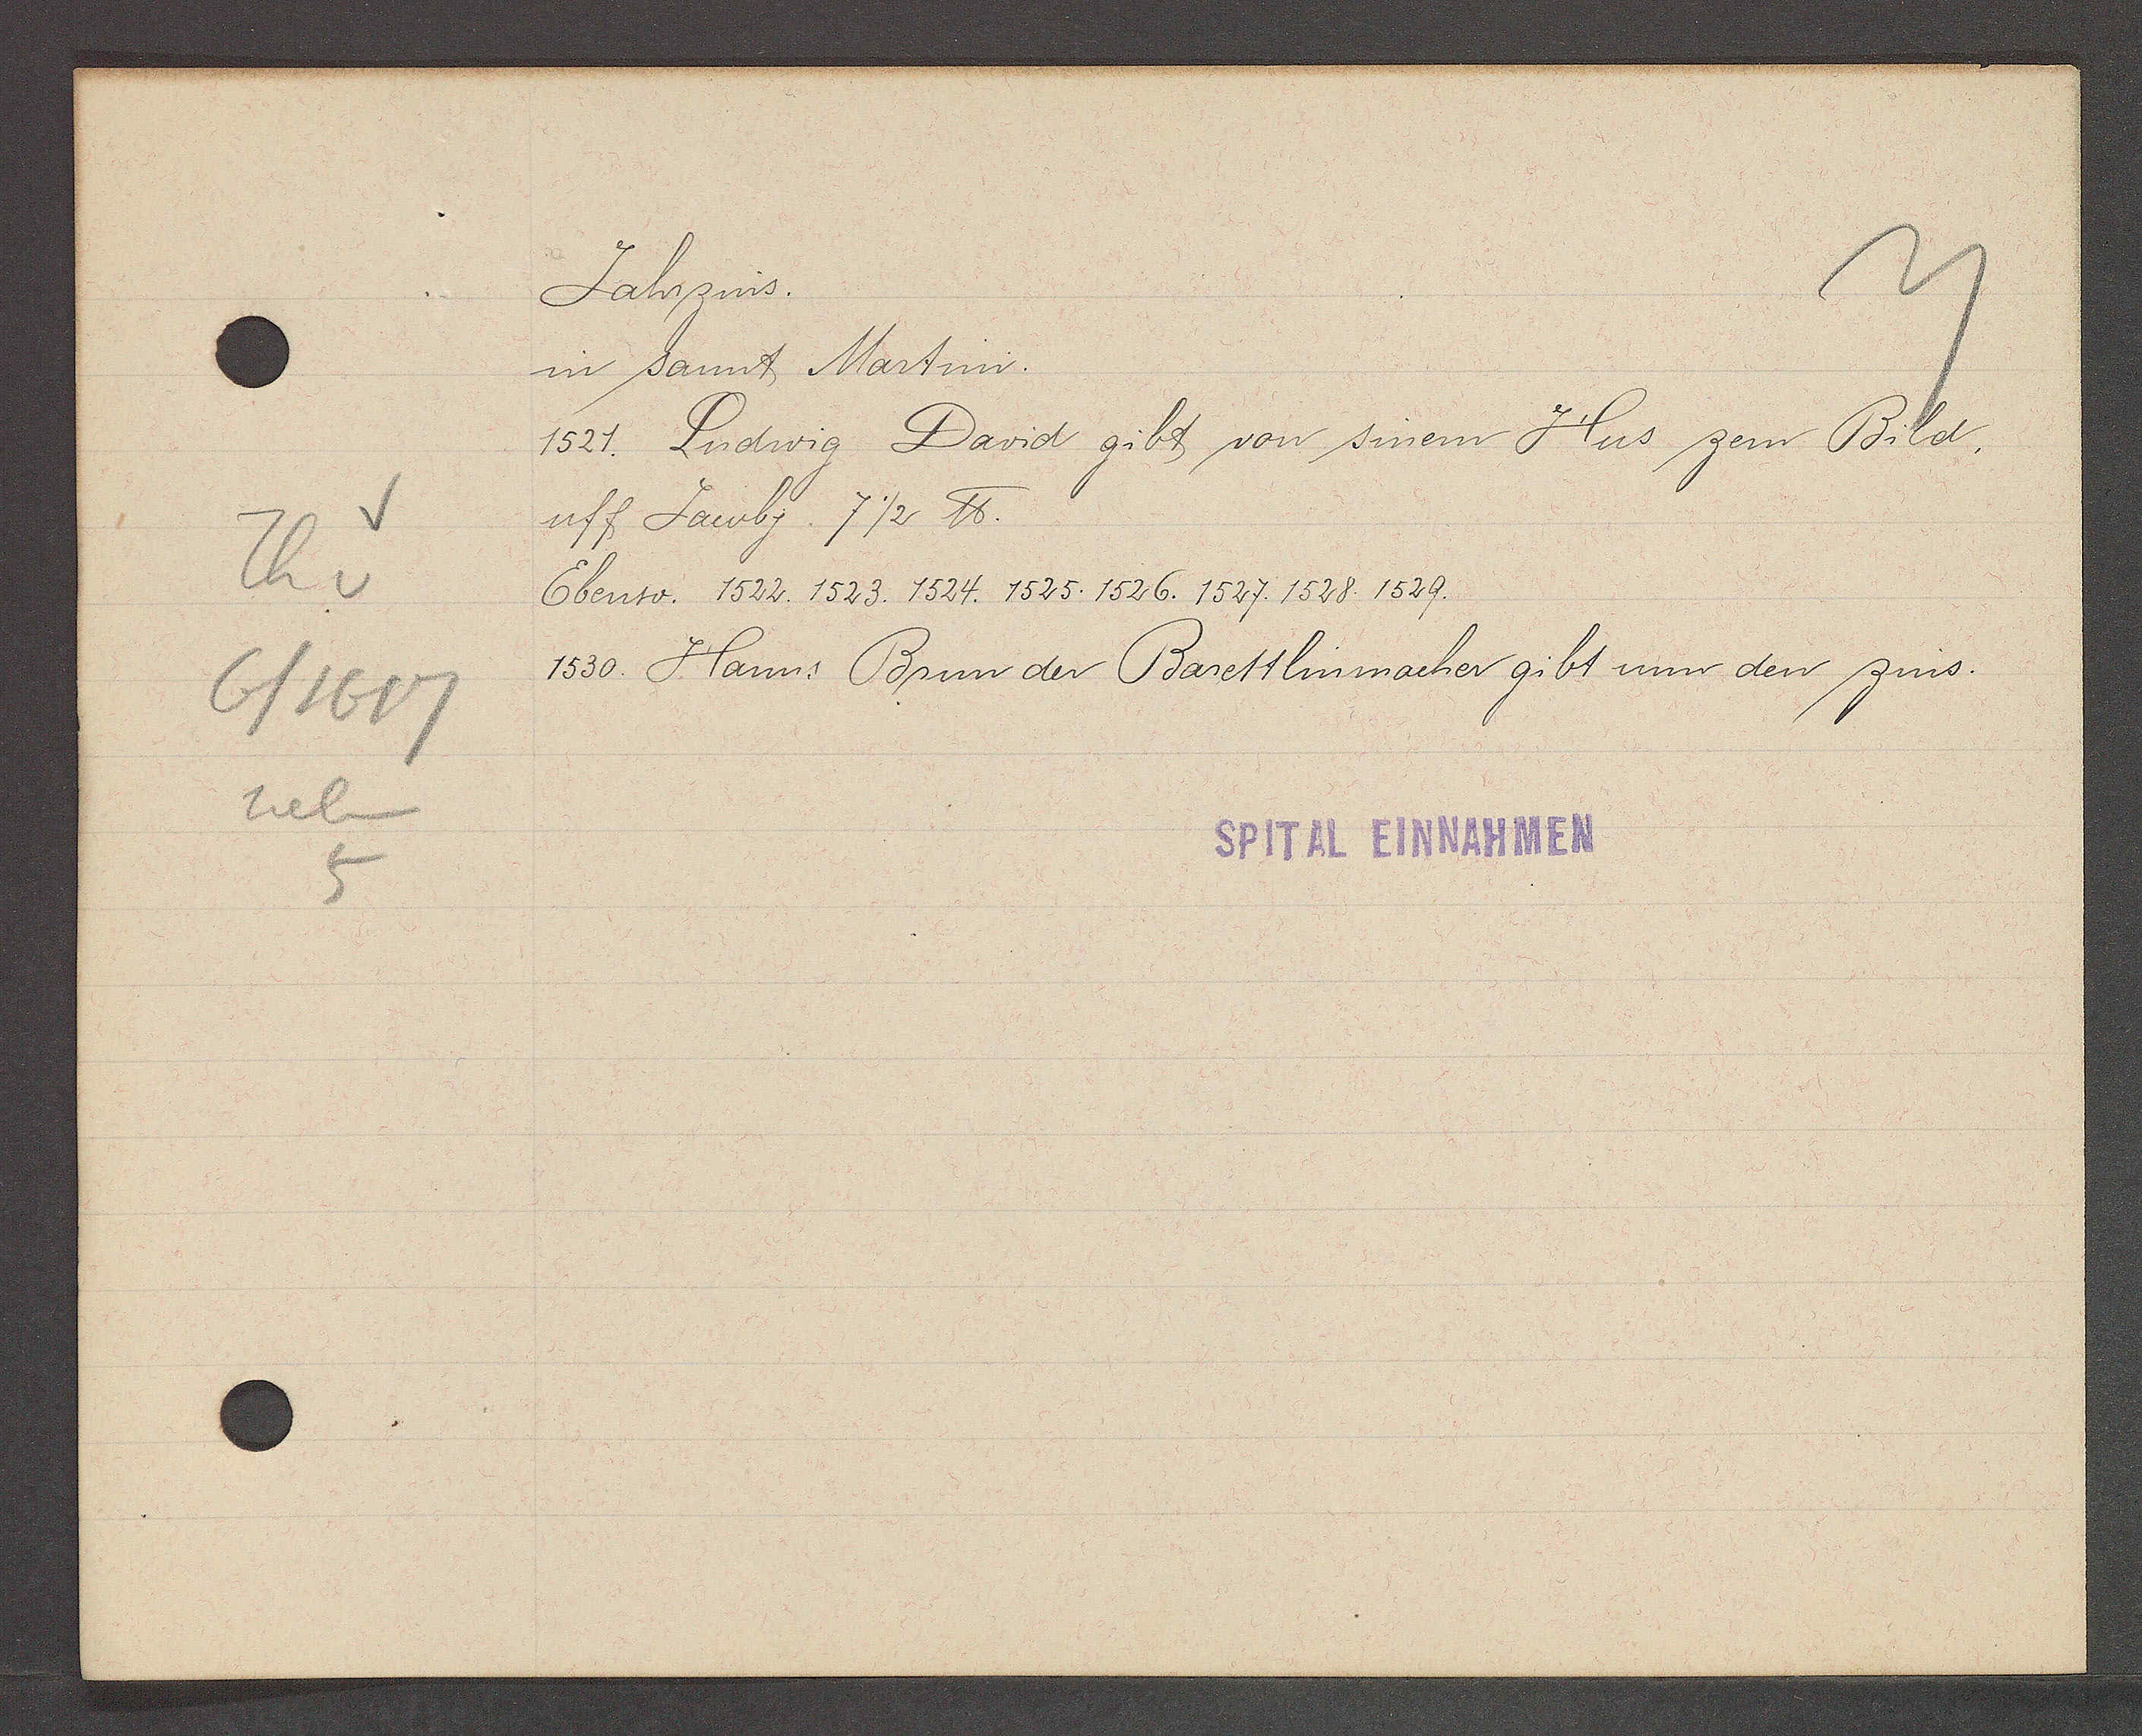
Transcript:
Th v
6/1617
neben
5

Jahrzins.

in sant Martini.
1521. Ludwig David gibt von sinem Hus zem Bild,
uff Jacobj 7 1/2 ℔.
Ebenso: 1522. 1523. 1524. 1525. 1526. 1527. 1528. 1529.
1530. Hanns Brun der Barettlinmacher gibt unn den zins.

SPITAL EINNAHMEN